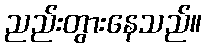
ညည်းတွားနေသည်။